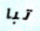
تبا